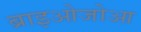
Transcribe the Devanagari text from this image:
ब्राइओजोआ